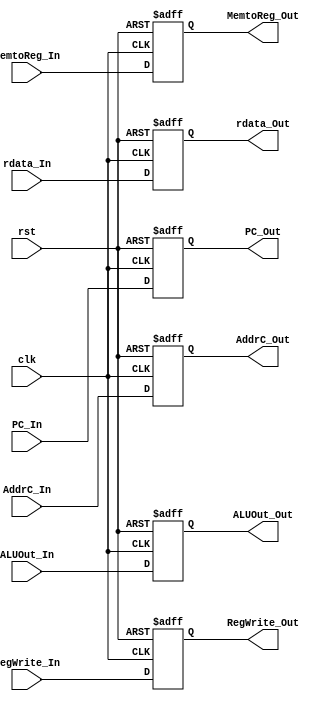
module MEM2WB(
    input clk, rst,
    input RegWrite_In, 
    input [31:0] PC_In, ALUOut_In, rdata_In, 
    input [4:0] AddrC_In, 
    input [1:0] MemtoReg_In, 
    output reg RegWrite_Out, 
    output reg [31:0] PC_Out, ALUOut_Out, rdata_Out, 
    output reg [4:0] AddrC_Out, 
    output reg [1:0] MemtoReg_Out
);

    always @(posedge clk or posedge rst) begin
        if (rst) begin
            // reset
            RegWrite_Out <= 0;
            PC_Out <= 0;
            ALUOut_Out <= 0;
            AddrC_Out <= 0;
            MemtoReg_Out <= 0;
            rdata_Out <= 0;
        end else begin
            RegWrite_Out <= RegWrite_In;
            PC_Out <= PC_In;
            ALUOut_Out <= ALUOut_In;
            AddrC_Out <= AddrC_In;
            MemtoReg_Out <= MemtoReg_In;
            rdata_Out <= rdata_In;
        end
    end

endmodule